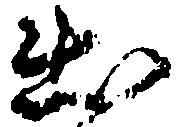
出